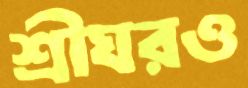
শ্রীঘরও